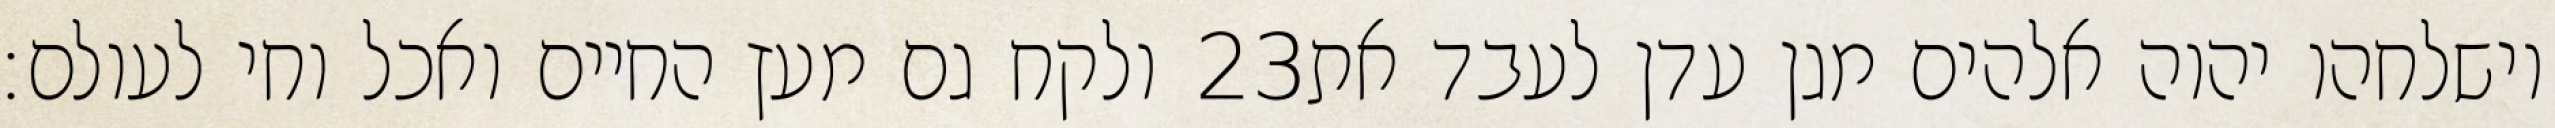
ולקח גם מעץ החיים ואכל וחי לעולם׃ ‎23‏ וישלחהו יהוה אלהים מגן עדן לעבד את